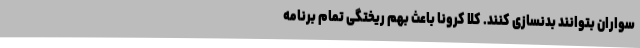
سواران بتوانند بدنسازی کنند. کلا کرونا باعث بهم ریختگی تمام برنامه